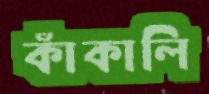
কাঁকালি